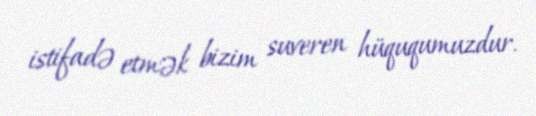
istifadə etmək bizim suveren hüququmuzdur.